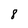
Character: 8